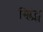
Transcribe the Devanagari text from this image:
स्प्लिंट्स